Annual report on the working of the lock hospitals in the North-Western Provinces and Oudh
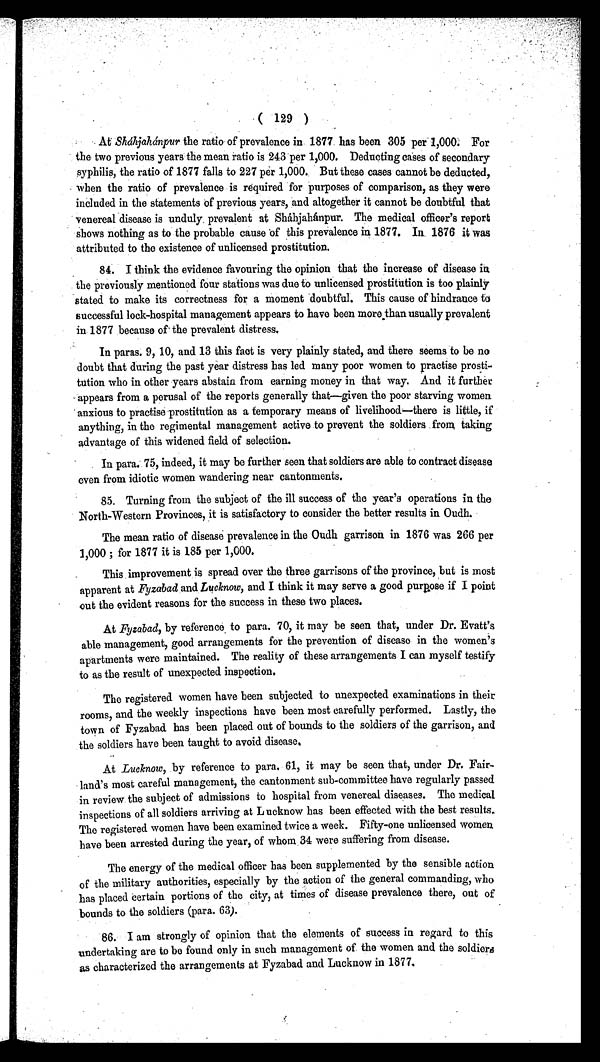
(129)
At Sháhjahánpur the ratio of prevalence in 1877 has been 305 per 1,000. For
the two previous years the mean ratio is 243 per 1,000. Deducting cases of secondary
syphilis, the ratio of 1877 falls to 227 per 1,000. But these cases cannot be deducted,
when the ratio of prevalence is required for purposes of comparison, as they were
included in the statements of previous years, and altogether it cannot be doubtful that
venereal disease is unduly prevalent at Shájahánpur. The medical officer's report
shows nothing as to the probable cause of this prevalence in 1877. In 1876 it was
attributed to the existence of unlicensed prostitution.
84. I think the evidence favouring the opinion that the increase of disease in
the previously mentioned four stations was due to unlicensed prostitution is too plainly
stated to make its correctness for a moment doubtful. This cause of hindrance to
successful lock-hospital management appears to have been more than usually prevalent
in 1877 because of' the prevalent distress.
In paras. 9, 10, and 13 this fact is very plainly stated, and there seems to be no
doubt that during the past year distress has led many poor women to practise prosti
tution who in other years abstain from earning money in that way. And it further
appears from a perusal of the reports generally that—given the poor starving women
anxious to practise prostitution as a temporary means of livelihood—there is little, if
anything, in the regimental management active to prevent the soldiers from, taking
advantage of this widened field of selection.
In para. 75, indeed, it may be further seen that soldiers are able to contract disease
even from idiotic women wandering near cantonments.
85. Turning from the subject of the ill success of the year's operations in the
North-Western Provinces, it is satisfactory to consider the better results in Oudh.
The mean ratio of disease prevalence in the Oudh garrison in 1876 was 266 per
1,000; for 1877 it is 185 per 1,000.
This improvement is spread over the three garrisons of the province, but is most
apparent at Fyzabad and Lucknow, and I think it may serve a good purpose if I point
out the evident reasons for the success in these two places.
At Fyzabad, by reference, to para. 70, it may be seen that, under Dr. Evatt's
able management, good arrangements for the prevention of disease in the women's
apartments were maintained. The reality of these arrangements I can myself testify
to as the result of unexpected inspection.
The registered women have been subjected to unexpected examinations in their
rooms, and the weekly inspections have been most carefully performed. Lastly, the
town of Fyzabad has been placed out of bounds to the soldiers of the garrison, and
the soldiers have been taught to avoid disease.
At Lucknow, by reference to para. 61, it may be seen that, under Dr. Fair-
land's most careful management, the cantonment sub-committee have regularly passed
in review the subject of admissions to hospital from venereal diseases. The medical
inspections of all soldiers arriving at Lucknow has been effected with the best results.
The registered women have been examined twice a week. Fifty-one unlicensed women
have been arrested during the year, of whom 34 were suffering from disease.
The energy of the medical officer has been supplemented by the sensible action
of the military authorities, especially by the action of the general commanding, who
has placed certain portions of the city, at times of disease prevalence there, out of
bounds to the soldiers (para. 63).
86. I am strongly of opinion that the elements of success in regard to this
undertaking are to be found only in such management of the women and the soldiers
as characterized the arrangements at Fyzabad and Lucknow in 1877.